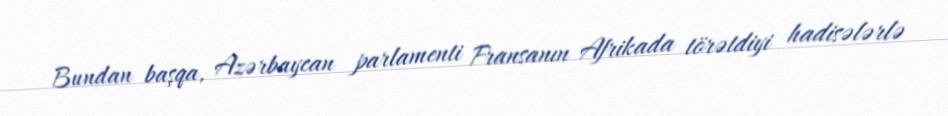
Bundan başqa, Azərbaycan parlamenti Fransanın Afrikada törətdiyi hadisələrlə